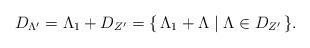
LaTeX: \begin{align*}D_{\Lambda'}=\Lambda_1+D_{Z'}=\{\,\Lambda_1+\Lambda\mid\Lambda\in D_{Z'}\,\}.\end{align*}